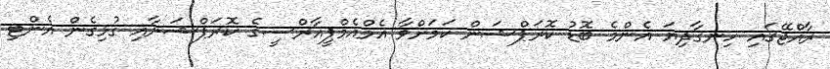
ރާއްޖޭގައި ހިނގާދިޔަ އެންމެ ބޮޑު ކޮރަޕްޝަން ކަމަށްވާ އެމްއެމްޕީއާރްސީގެ ކޮރަޕްޝަނާއި ގުޅިގެން އެންޓި